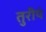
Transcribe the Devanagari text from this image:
तुरीयं